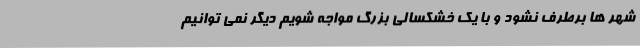
شهر ها برطرف نشود و با یک خشکسالی بزرگ مواجه شویم دیگر نمی توانیم